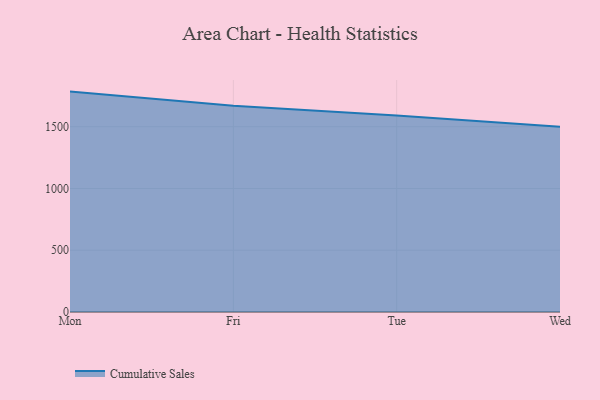
{"axis": {"x": "Day", "y": "Page Views"}, "legend": ["Cumulative Sales"], "data": [{"x": "Mon", "y": 1784.3, "type": "Cumulative Sales"}, {"x": "Fri", "y": 1669.4, "type": "Cumulative Sales"}, {"x": "Tue", "y": 1591.0, "type": "Cumulative Sales"}, {"x": "Wed", "y": 1500.7, "type": "Cumulative Sales"}]}